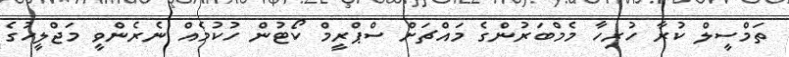
ތަމްސީލް ކުރާ ހުރިހާ މެމްބަރުންގެ މައްޗަށް ސްޕްރީމް ކޯޓުން ހުކުމެއް ނެރެންވީ މަޖްލީހުގެ